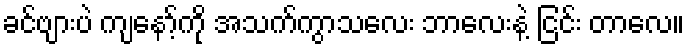
ခင်ဗျားပဲ ကျနော့်ကို အသက်ကွာသလေး ဘာလေးနဲ့ ငြင်း တာလေ။